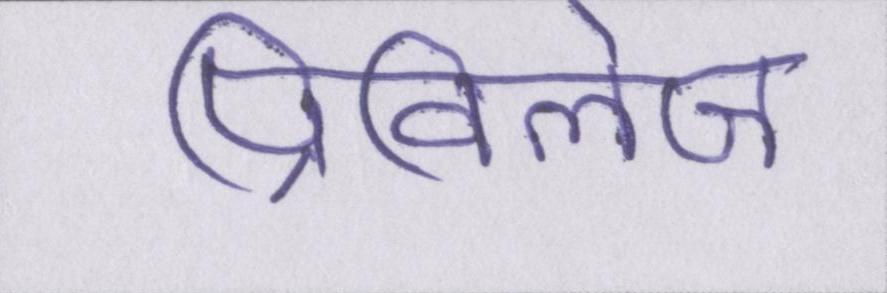
प्रिविलेज